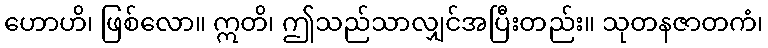
ဟောဟိ၊ ဖြစ်လော။ ဣတိ၊ ဤသည်သာလျှင်အပြီးတည်း။ သုတနဇာတကံ၊